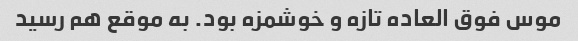
موس فوق العاده تازه و خوشمزه بود. به موقع هم رسید